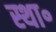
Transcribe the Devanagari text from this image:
स्था॰